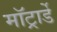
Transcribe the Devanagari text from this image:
मॉट्रार्डे